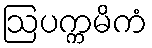
ဩပက္ကမိကံ